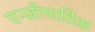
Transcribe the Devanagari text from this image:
एन्ज़ीमाटिक